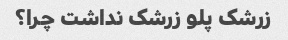
زرشک پلو زرشک نداشت چرا؟